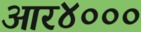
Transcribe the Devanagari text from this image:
आर४०००